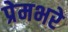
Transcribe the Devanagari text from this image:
प्रेमभरे